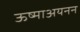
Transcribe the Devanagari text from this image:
ऊष्माअयनन